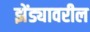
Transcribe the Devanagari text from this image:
झेंड्यावरील